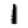
Digit: 1